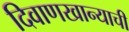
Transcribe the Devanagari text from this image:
दिवाणखान्याची